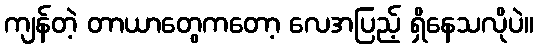
ကျန်တဲ့ တာယာတွေကတော့ လေအပြည့် ရှိနေသလိုပဲ။